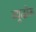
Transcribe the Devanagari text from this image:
व्यूढोरू